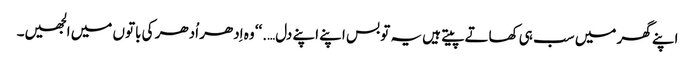
اپنے گھر میں سب ہی کھاتے پیتے ہیں یہ تو بس اپنے اپنے دل….‘‘ وہ اِدھر اُدھر کی باتوں میں الجھیں۔